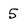
Character: 5